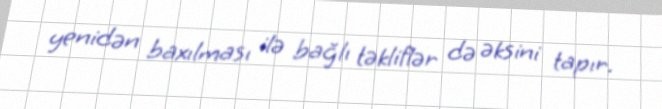
yenidən baxılması ilə bağlı təkliflər də əksini tapır.